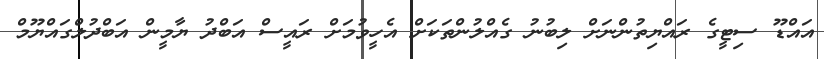
އައްޑޫ ސިޓީގެ ރައްޔިތުންނަށް ލިބުނު ގެއްލުންތަކަށް އެހީވުމަށް ރައީސް އަބްދު ޔާމީން އަބްދުލްގައްޔޫމް